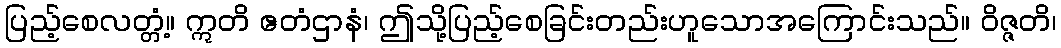
ပြည့်စေလတ္တံ့။ ဣတိ ဧတံဌာနံ၊ ဤသို့ပြည့်စေခြင်းတည်းဟူသောအကြောင်းသည်။ ဝိဇ္ဇတိ၊